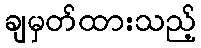
ချမှတ်ထားသည့်